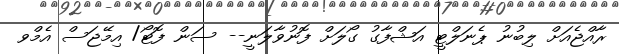
ރާއްޖެއަށް ލިބުނު ޕެނަލްޓީ އަޝްފާގު ގޯލަށް ފޮނުވާލަނީ-- ސަން ފޮޓޯ/ އިމޭޖަސް އެމްވ